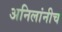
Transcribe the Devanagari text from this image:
अनिलांनीच